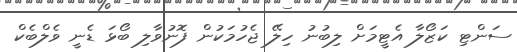
ސަންޓި ކަޒޯލާ އެޓީމަށް ލިބުނު ހިލޭ ޖެހުމަކުން ފޮނުވާލި ބޯޅަ ޑެނީ ވެލްބެކް